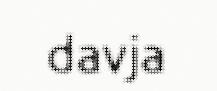
davja